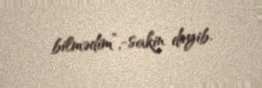
bilmədim”,-sakin deyib.